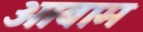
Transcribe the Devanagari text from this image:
ओबाम